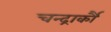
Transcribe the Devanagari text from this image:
चन्द्रार्कौ